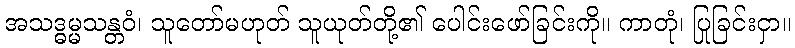
အသဒ္ဓမ္မသန္တဝံ၊ သူတော်မဟုတ် သူယုတ်တို့၏ ပေါင်းဖော်ခြင်းကို။ ကာတုံ၊ ပြုခြင်းငှာ။